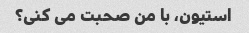
استیون، با من صحبت می کنی؟